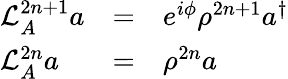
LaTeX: \begin{array}{lcl}{{{\cal L}_{A}^{2n+1}a}}&{{=}}&{{e^{i\phi}\rho^{2n+1}a^{\dagger}}}\\ {{{\cal L}_{A}^{2n}a}}&{{=}}&{{\rho^{2n}a}}\end{array}